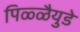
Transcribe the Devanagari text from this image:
पिळ्ळैयुडे